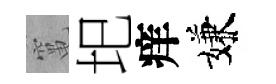
𥧄圯痒嫌